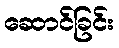
ဆောင်ခြင်း